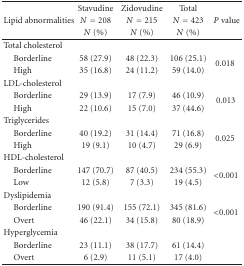
<table><thead><tr><td><b> </b></td><td><b>Stavudine</b></td><td><b>Zidovudine </b></td><td><b>Total </b></td><td><b> </b></td></tr><tr><td><b>Lipid abnormalities</b></td><td><b><i>N</i> = 208</b></td><td><b><i>N</i> = 215</b></td><td><b><i>N</i> = 423</b></td><td><b><i>P</i> value</b></td></tr><tr><td><b> </b></td><td><b><i>N</i> (%)</b></td><td><b><i>N</i> (%)</b></td><td><b><i>N</i> (%)</b></td><td><b> </b></td></tr></thead><tbody><tr><td>Total cholesterol</td><td> </td><td> </td><td> </td><td> </td></tr><tr><td> Borderline</td><td>58 (27.9)</td><td>48 (22.3)</td><td>106 (25.1)</td><td rowspan="2">0.018 </td></tr><tr><td> High</td><td>35 (16.8)</td><td>24 (11.2)</td><td>59 (14.0)</td></tr><tr><td>LDL-cholesterol</td><td> </td><td> </td><td> </td><td> </td></tr><tr><td> Borderline</td><td>29 (13.9)</td><td>17 (7.9)</td><td>46 (10.9)</td><td rowspan="2">0.013</td></tr><tr><td> High</td><td>22 (10.6)</td><td>15 (7.0)</td><td>37 (44.6)</td></tr><tr><td>Triglycerides</td><td> </td><td> </td><td> </td><td> </td></tr><tr><td> Borderline</td><td>40 (19.2)</td><td>31 (14.4)</td><td>71 (16.8)</td><td rowspan="2">0.025 </td></tr><tr><td> High</td><td>19 (9.1)</td><td>10 (4.7)</td><td>29 (6.9)</td></tr><tr><td>HDL-cholesterol</td><td> </td><td> </td><td> </td><td> </td></tr><tr><td> Borderline</td><td>147 (70.7)</td><td>87 (40.5)</td><td>234 (55.3)</td><td rowspan="2">&lt;0.001 </td></tr><tr><td> Low</td><td>12 (5.8)</td><td>7 (3.3)</td><td>19 (4.5)</td></tr><tr><td>Dyslipidemia</td><td> </td><td> </td><td> </td><td> </td></tr><tr><td> Borderline</td><td>190 (91.4)</td><td>155 (72.1)</td><td>345 (81.6)</td><td rowspan="2">&lt;0.001 </td></tr><tr><td> Overt</td><td>46 (22.1)</td><td>34 (15.8)</td><td>80 (18.9)</td></tr><tr><td>Hyperglycemia</td><td> </td><td> </td><td> </td><td> </td></tr><tr><td> Borderline</td><td>23 (11.1)</td><td>38 (17.7)</td><td>61 (14.4)</td><td> </td></tr><tr><td> Overt</td><td>6 (2.9)</td><td>11 (5.1)</td><td>17 (4.0)</td><td> </td></tr></tbody></table>